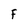
Character: F